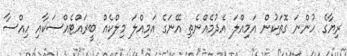
ރިޔާގެ ހުންނަ ގޮތަކުން އަމިއްލަ އެދުމެއްނެތި އޭނަގެ އަމިއްލަ މިލްކެއް ބީރައްޓެއްސަކާއި ހިއްސާ